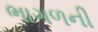
ભાગળની